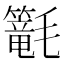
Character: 𣰴